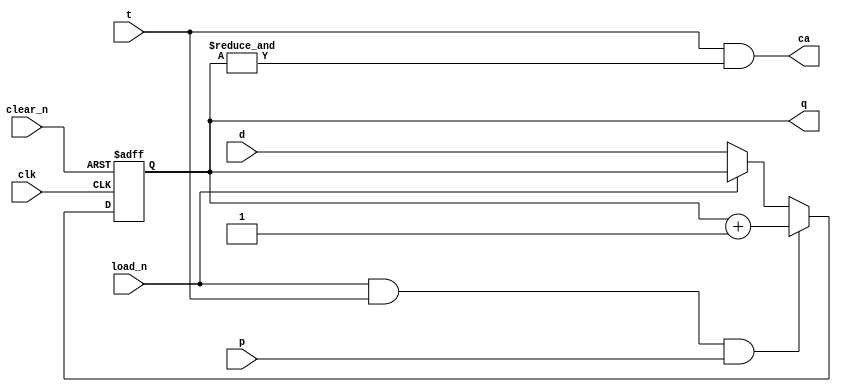
module ttl161 
(
  input clk,
  input clear_n,
  input load_n,
  input [3:0] d,
  input t,
  input p,

  output ca,
  output [3:0] q
);

wire ca_current;
wire [3:0] q_next;
assign q_next = q_current + 1;

reg [3:0] q_current = 0;

always @(posedge clk or negedge clear_n) begin
    if (~clear_n) begin
        q_current <= 0;
    end else begin
        if (~load_n) begin
            q_current <= d;
        end
        if (load_n && t && p) begin
            q_current <= q_next;
        end
    end
end

// output
assign ca_current = t && (&q_current);

assign ca = ca_current;
assign q = q_current;

endmodule